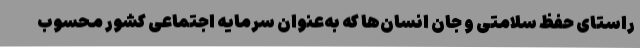
راستای حفظ سلامتی و جان انسان‌ها که به‌عنوان سرمایه اجتماعی کشور محسوب